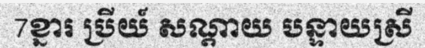
7ខ្នារ ប្រីយ៍ សណ្តាយ បន្ទាយស្រី